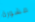
مشورة